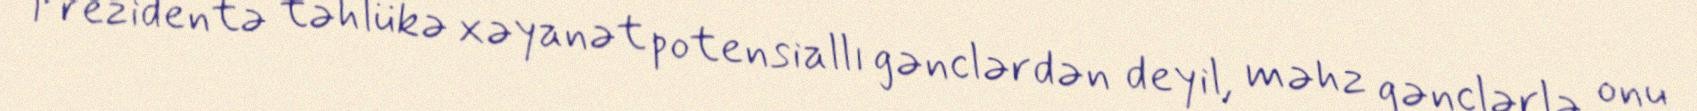
Prezidentə təhlükə xəyanət potensiallı gənclərdən deyil, məhz gənclərlə onu